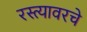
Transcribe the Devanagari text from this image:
रस्त्यावरचे